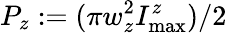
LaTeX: P_{z}:=(\pi w_{z}^{2}I_{\operatorname*{max}}^{z})/2